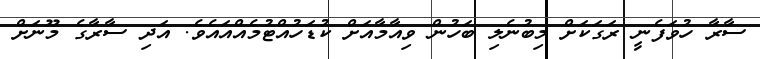
ސާރާ ހުވަފެނީ ރަގަކަށް މިބުނެލި ބަހުން ވިއާމާއަށް ކުޑަހުއްޓުމެއްއައެވެ. އަދި ސާރާގެ މޫނަށް